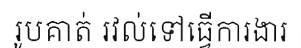
រូបគាត់ រវល់ទៅធ្វើការងារ